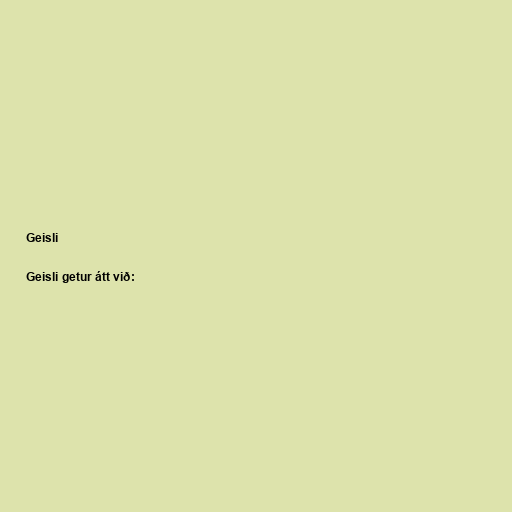
Geisli

Geisli getur átt við: